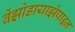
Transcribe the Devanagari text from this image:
बेंझोडायाझेपाइन